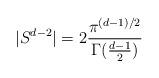
LaTeX: \begin{align*}|S^{d-2}|= 2 \frac{\pi^{(d-1)/2}}{\Gamma(\frac{d-1}{2})}\end{align*}